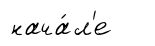
нача́л'е